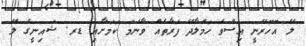
ލޭ އޮހޮރޭނީ އިސްވެ ހަމަލާދޭ ފަރާތެއް ވާނަމަ ކަމަށާއި ޑރ. ޝައިނީގެ ލޭ